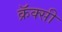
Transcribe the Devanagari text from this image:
क्रॅक्सी